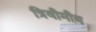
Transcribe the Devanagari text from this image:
त्रिवीमीय